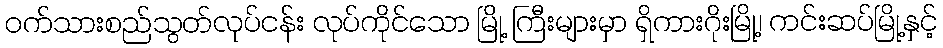
ဝက်သားစည်သွတ်လုပ်ငန်း လုပ်ကိုင်သော မြို့ ကြီးများမှာ ရှိကားဂိုးမြို့၊ ကင်းဆပ်မြို့နှင့်